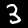
Label: 3